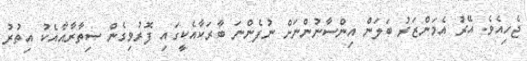
ޖެހިއެވެ. އޭރު އެމަންޒަރު ބަލަން އިންސާނުންނަށް ނުފެންނަ ބާރަކާއެކީގައި ފޮރުވިގެން ސިތާރާއާއެކު އިތުރު